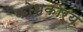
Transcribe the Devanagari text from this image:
कोशकार्य